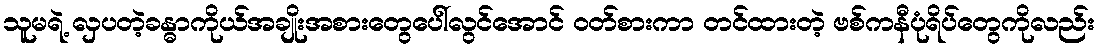
သူမရဲ့ လှပတဲ့ခန္ဓာကိုယ်အချိုးအစားတွေပေါ်လွင်အောင် ဝတ်စားကာ တင်ထားတဲ့ ဗစ်ကနီပုံရိပ်တွေကိုလည်း